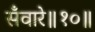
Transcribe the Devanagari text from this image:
सँवारे॥१०॥